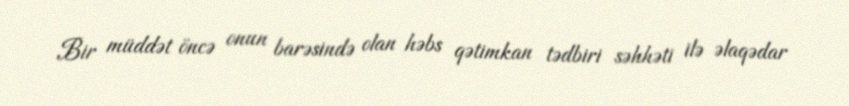
Bir müddət öncə onun barəsində olan həbs qətimkan tədbiri səhhəti ilə əlaqədar